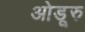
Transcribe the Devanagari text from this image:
ओडूरु